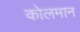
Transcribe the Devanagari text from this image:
कोलमान